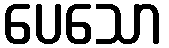
ပေသော